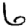
Digit: 6